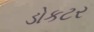
ડોકટર